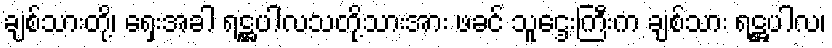
ချစ်သားတို့၊ ရှေးအခါ ရဋ္ဌပါလသတို့သားအား ဖခင် သူဌေးကြီးက ချစ်သား ရဋ္ဌပါလ၊